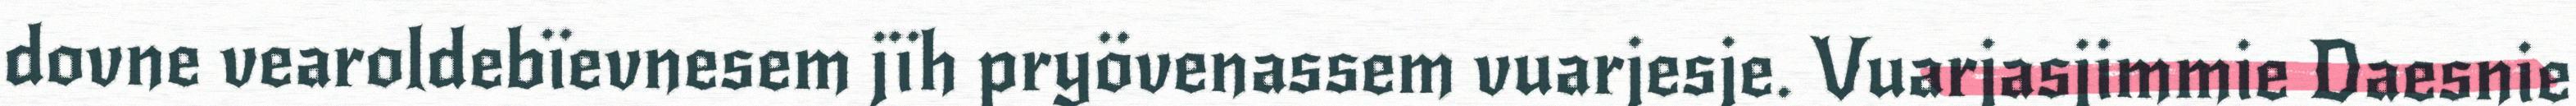
dovne vearoldebïevnesem jïh pryövenassem vuarjesje. Vuarjasjimmie Daesnie